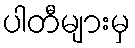
ပါတီများမှ